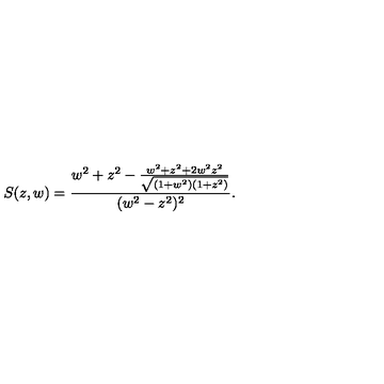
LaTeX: S ( z , w ) = \frac { w ^ { 2 } + z ^ { 2 } - \frac { w ^ { 2 } + z ^ { 2 } + 2 w ^ { 2 } z ^ { 2 } } { \sqrt { ( 1 + w ^ { 2 } ) ( 1 + z ^ { 2 } ) } } } { ( w ^ { 2 } - z ^ { 2 } ) ^ { 2 } } .